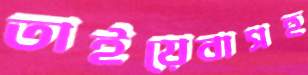
তাইয়েবাসহ